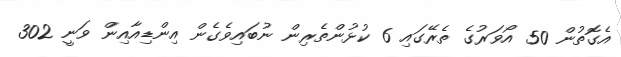
އެގޮތުން 50 އޯވަރުގެ ތެރޭގައި 6 ކުޅުންތެރިން ނުބައިވެގެން އިންޑިއާއިން ވަނީ 302